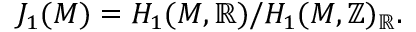
J _ { 1 } ( M ) = H _ { 1 } ( M , \mathbb { R } ) / H _ { 1 } ( M , \mathbb { Z } ) _ { \mathbb { R } } .